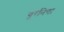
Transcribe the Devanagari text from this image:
यूरेनिया